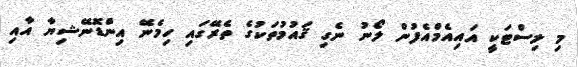
މި ލިސްޓަކީ އައިއެމްއެފުން ލޯނު ނެގި ޤައުމުތަކުގެ ތެރޭގައި ހިމެނޭ އިންޑޮނޭޝިޔާ އާއި